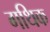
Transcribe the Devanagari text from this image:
गथिक